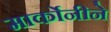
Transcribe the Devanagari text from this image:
मार्कोनीने